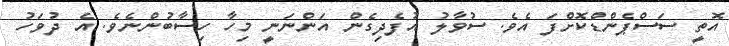
އޮތީ ސަސްޕެންޑްކޮށްފަ އެވެ. ސުވާލު އުފެދިގެން އަންނަނީ މިހާ ހިސާބުންނެވެ. އެ ދުވަހު